Sketch of the medical history of the native army of Bombay, for the year
Year: 1876
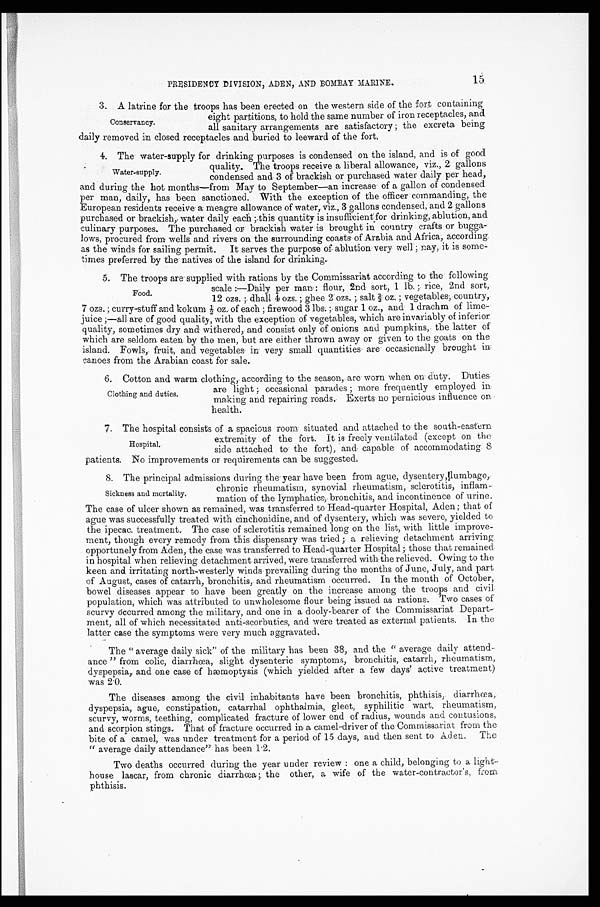
15
PRESIDENCY DIVISION, ADEN, AND BOMBAY MARINE.
3. A latrine for the troops has been erected on the western side of the fort containing
eight partitions, to hold the same number of iron receptacles, and
all sanitary arrangements are satisfactory ; the excreta being
daily removed in closed receptacles and buried to leeward of the fort.
4. The water-supply for drinking purposes is condensed on the island, and is of good
quality. The troops receive a liberal allowance, viz., 2 gallons
condensed and 3 of brackish or purchased water daily per head,
and during the hot months—from May to September—an increase of a gallon of condensed
per man, daily, has been sanctioned. With the exception of the officer commanding, the
European residents receive a meagre allowance of water, viz., 3 gallons condensed, and 2 gallons
purchased or brackish, water daily each ; this quantity is insufficient for drinking, ablution, and
culinary purposes. The purchased or brackish water is brought in country crafts or bugga
-
lows, procured from wells and rivers on the surrounding coasts of Arabia and Africa, according
as the winds for sailing permit. It serves the purpose of ablution very well; nay, it is some
-
times preferred by the natives of the island for drinking.
5. The troops are supplied with rations by the Commissariat according to the following
scale :—Daily per man : flour, 2nd sort, 1 lb. ; rice, 2nd sort,
12 ozs. dhall 4 ozs.; ghee 2' ozs. ; salt 2/3 oz. ; vegetables; country,
7 ozs. ; curry-stuff and kokum ½ oz. of each ; firewood 3 lbs; sugar 1 oz., and 1 drachm of lime
-
juice ;—all are of good quality, with the exception of vegetables, which are invariably of inferior
quality, sometimes dry and withered, and consist only of onions and pumpkins, the latter of
which are seldom. eaten by the men, but are either thrown away or given to the goats on the
island. Fowls, fruit, and vegetables in very small quantities are occasionally brought
in
canoes from the Arabian coast for sale.
6 . C o t t o n a n d w a r m c l o t h i n g , a c c o r d i n g t o t h e s e a s o n , a r e w o r n w h e n o n d u t y . D u t i e s
are light ; occasional parades ; more frequently employed in
making and repairing roads. Exerts no pernicious influence on
health.
7. The hospital consists of a spacious room situated and attached to the south-eastern
extremity of the fort. It is freely ventilated (except on the
side attached to the fort), and capable of accommodating 8
patients. No improvements or requirements can be suggested.
8. The principal admissions during the year have been from ague, dysentery, lumbago
,
chronic rheumatism, synovial rheumatism, sclerotitis,
mation of the lymphatics, bronchitis, and incontinence of urine.
The case of ulcer shown as remained, was transferred to Head-quarter Hospital, Aden ; that of
ague was successfully treated with cinchonidine, and of dysentery, which was severe, yielded to
the ipecac. treatment. The case of sclerotitis remained long on the list, with little improve-
ment, though every remedy from this dispensary was tried ; a relieving detachment arriving
opportunely from Aden, the case was transferred to Head-quarter Hospital ; those that remained
in hospital when relieving detachment arrived, were transferred with the relieved. Owing to the
keen and irritating north-westerly winds prevailing during the months of June, July, and part
of August, cases of catarrh, bronchitis, and rheumatism occurred. In the month of October,
bowel diseases appear to have been greatly on the increase among the troops and civil
population, which was attributed to unwholesome flour being issued as rations. Two cases of
scurvy óccurred among the military, and one in a dooly-bearer of the Commissariat Depart-
ment, all of which necessitated anti-scorbutics, and were treated as external patients. In the
latter case the symptoms were very much aggravated.
The "average daily sick" of the military has been 38, and the "average daily attend-
ance" from colic, diarrhœa, slight dysenteric symptoms, bronchitis, catarrh, rheumatism,
dyspepsia, and one case of hæmoptysis (which yielded after a few days' active treatment)
was 2.0.
The diseases among the civil inhabitants have been bronchitis, phthisis, diarrhœa,
dyspepsia, ague, constipation, catarrhal ophthalmia, gleet, syphilitic wart, rheumatism,
scurvy, worms, teething, complicated fracture of lower end of radius, wounds and contusions,
and scorpion stings. That of fracture occurred in a camel-driver of the Commissariat from the
bite of a camel, was under treatment for a period of 15 days, and then sent to Aden. The
"average daily attendance" has been 1.2.
Two deaths occurred during the year under review : one a child, belonging to a light-
house lascar, from chronic diarrhœa; the other, a wife of the water-contractor's, from
phthisis.
Conservancy.
Water supply.
Food.
Clothing and duties.
Hospital.
Sickness and mortality.